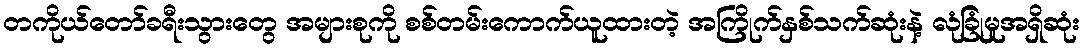
တကိုယ်တော်ခရီးသွားတွေ အများစုကို စစ်တမ်းကောက်ယူထားတဲ့ အကြိုက်နှစ်သက်ဆုံးနဲ့ လုံခြုံမှုအရှိဆုံး